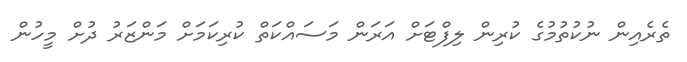
ތެރެއިން ނުކުތުމުގެ ކުރިން ލިފްޓަށް އަރަން މަސައްކަތް ކުރިކަމަށް މަންޒަރު ދުށް މީހުން